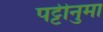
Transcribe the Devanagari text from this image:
पट्टीनुमा